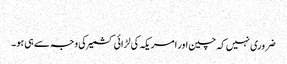
​
ضروری نہیں کہ چین اور امریکہ کی لڑائی کشمیر کی وجہ سے ہی ہو۔